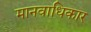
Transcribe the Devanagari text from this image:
मानवाधिकार